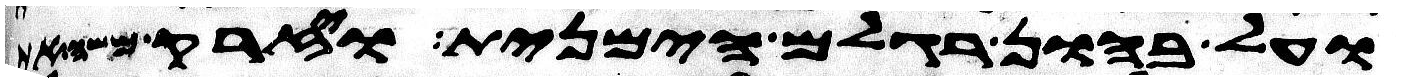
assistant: ועל בהון רגלם הימנית ויזרק משה